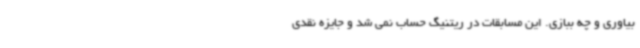
بیاوری و چه ببازی. این مسابقات در ریتنیگ حساب نمی شد و جایزه نقدی